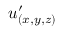
u _ { ( x , y , z ) } ^ { \prime }